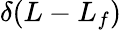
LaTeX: \delta(L-L_{f})